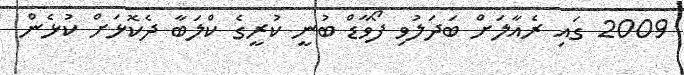
2009 ގައި ރެއާލަށް ބަދަލުވި ފޯވާޑް ބުނީ ކުރީގެ ކްލަބާ ދެކޮޅަށް ކުޅެން